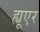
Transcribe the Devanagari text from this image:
ह्यूएर